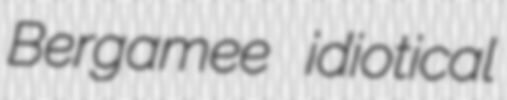
Bergamee idiotical